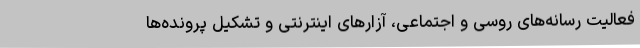
فعالیت رسانه‌های روسی و اجتماعی، آزارهای اینترنتی و تشکیل پرونده‌ها